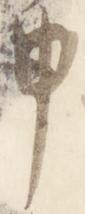
申